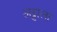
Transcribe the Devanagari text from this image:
अड्डाला